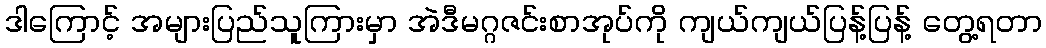
ဒါကြောင့် အများပြည်သူကြားမှာ အဲဒီမဂ္ဂဇင်းစာအုပ်ကို ကျယ်ကျယ်ပြန့်ပြန့် တွေ့ရတာ